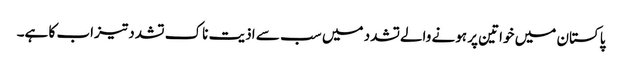
پاکستان میں خواتین پر ہونے والےتشدد میں سب سے اذیت ناک تشدد تیزاب کا ہے۔